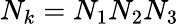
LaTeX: N_{k}=N_{1}N_{2}N_{3}